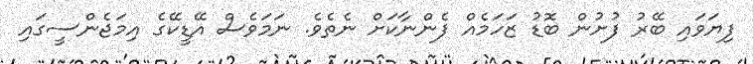
ފިޔަވައި ބޭރު ފުށުން ބޮޑު ޒަހަމެއް ފެންނާކަށް ނެތެވެ. ނަމަވެސް އޭޑީކޭގެ އިމަޖެންސީގައި